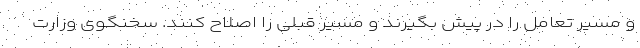
و مسیر تعامل را در پیش بگیرند و مسیر قبلی را اصلاح کنند. سخنگوی وزارت